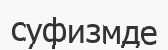
суфизмде